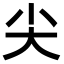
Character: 尖